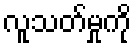
လူသတ်မှုကို